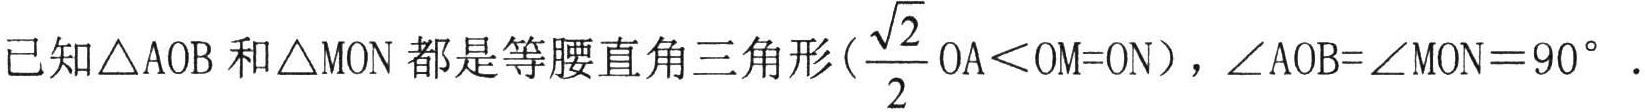
已知\(\triangle AOB\)和\(\triangle MON\)都是等腰直角三角形(\(\frac{\sqrt{2}}{2}OA<OM = ON\))，\(\angle AOB=\angle MON = 90^{\circ}\).